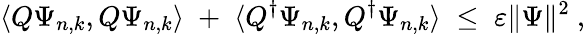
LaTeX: \langle Q\Psi_{n,k},Q\Psi_{n,k}\rangle\; +\; \langle Q^{\dagger}\Psi_{n,k},Q^{\dagger}\Psi_{n,k}\rangle\; \leq\; \varepsilon\Vert\Psi\Vert^{2}\ ,